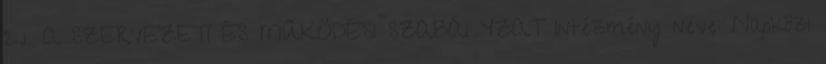
2.1. A SZERVEZETI ÉS MŰKÖDÉSI SZABÁLYZAT Intézmény neve: Napközi